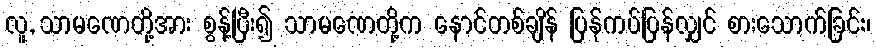
လူ, သာမဏေတို့အား စွန့်ပြီး၍ သာမဏေတို့က နောင်တစ်ချိန် ပြန်ကပ်ပြန်လျှင် စားသောက်ခြင်း၊